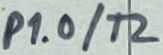
Text: P1.0/T2